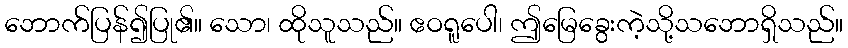
ဘောက်ပြန်၍ပြု၏။ သော၊ ထိုသူသည်။ ဧဝရူပေါ၊ ဤမြေခွေးကဲ့သို့သဘောရှိသည်။